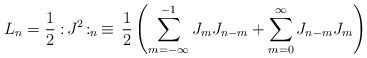
LaTeX: \begin{align*}L_n = \frac{1}{2}:\!J^2\!:_n \, \equiv\, \frac{1}{2}\left(\sum_{m=-\infty}^{-1}J_m J_{n-m} + \sum_{m=0}^{\infty}J_{n-m}J_m\right)\end{align*}